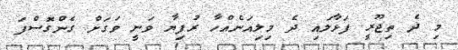
މި ދެ ތިޖޫރީ ފަޅާލައި ދެ މިލިއަނެއްހާ ރުފިޔާ ވަނީ ވަގަށް ގެންގޮސްފަ